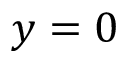
y = 0